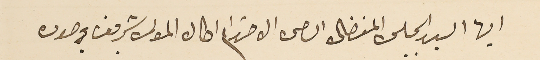
ايها السيد الجليل المفضال السامى الاحترام اطال المولى شريف وجوده